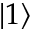
| 1 \rangle